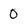
Character: 0